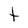
Character: t